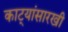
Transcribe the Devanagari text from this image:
काट्यांसारखी